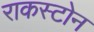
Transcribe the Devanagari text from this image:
राकस्टोन